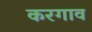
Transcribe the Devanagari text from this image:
करगाव